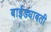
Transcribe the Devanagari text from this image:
बाईड्याबती